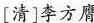
[清]李方膺